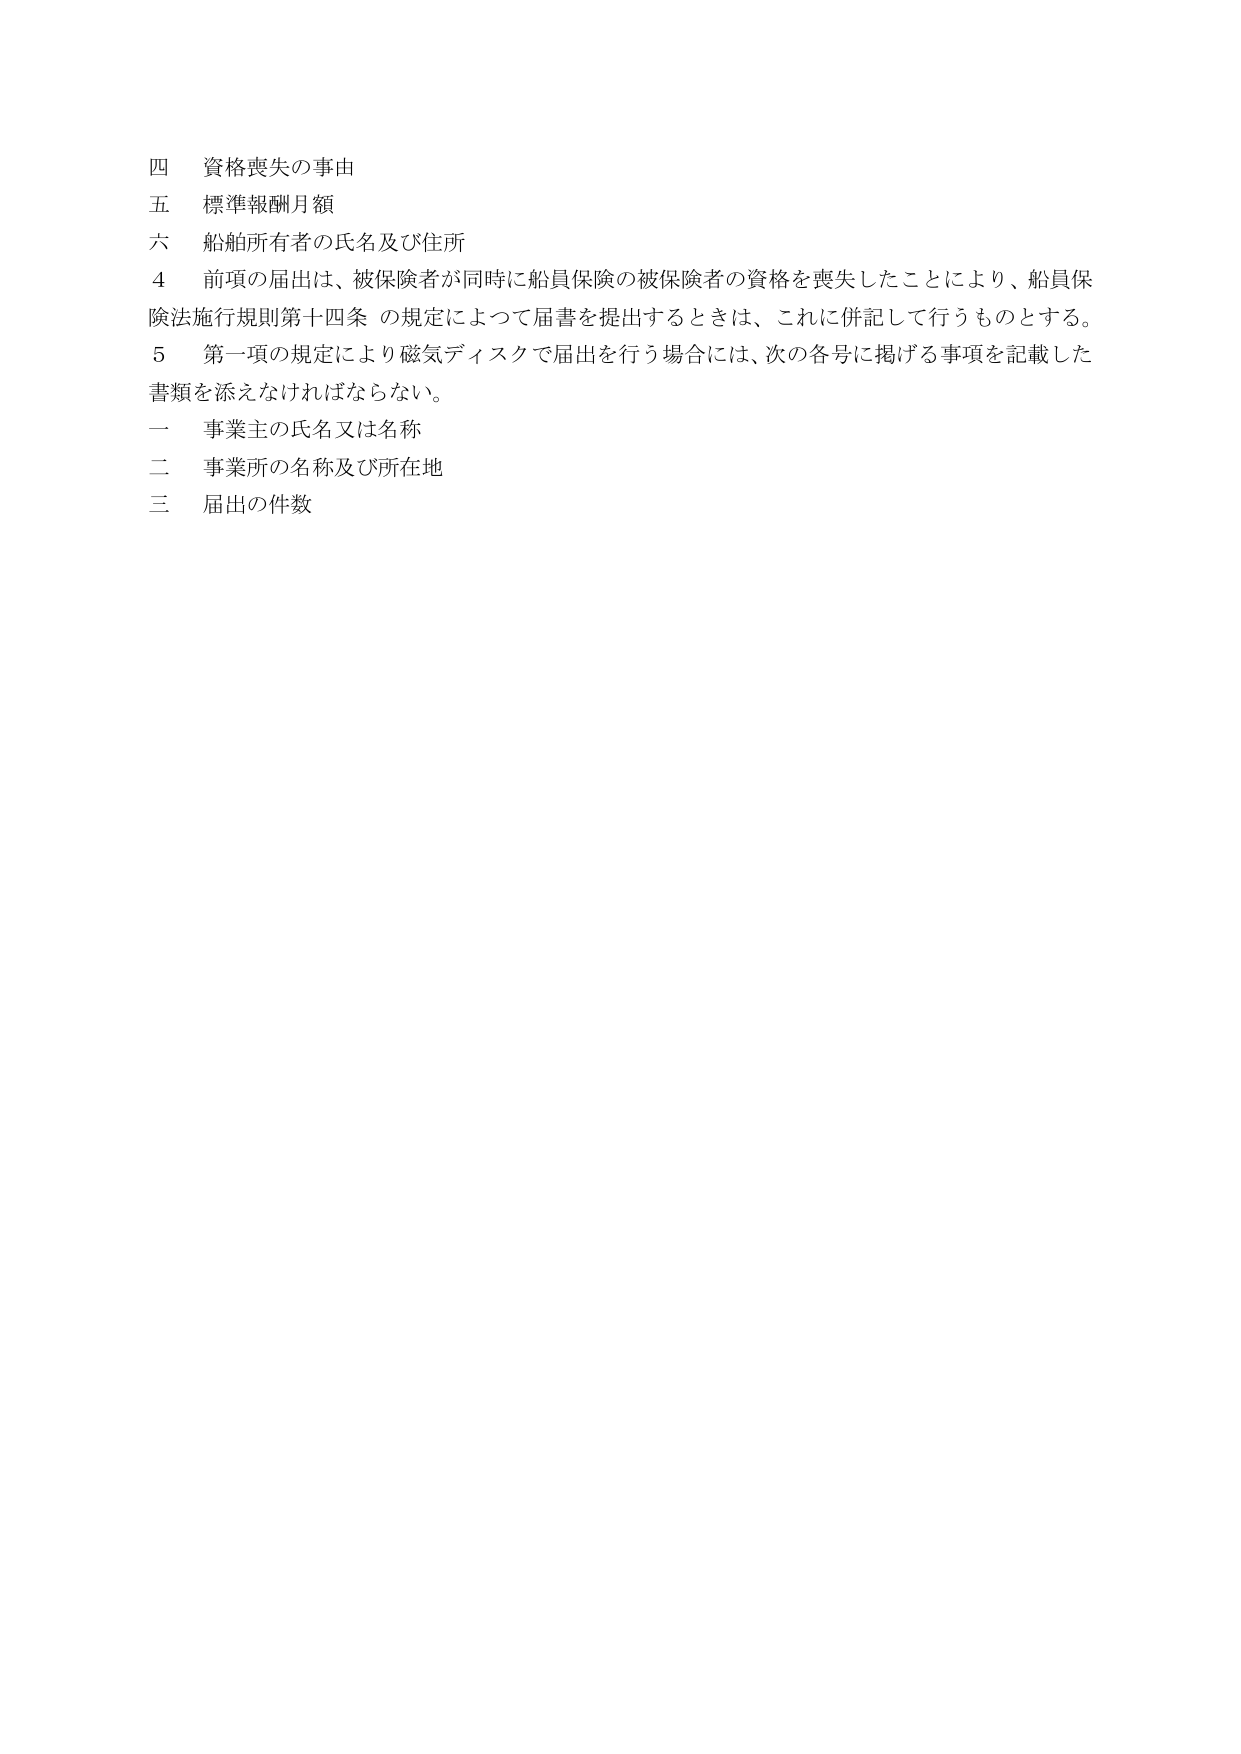
四 資格喪失の事由
五 標準報酬月額
六 船舶所有者の氏名及び住所
4 前項の届出は、被保険者が同時に船員保険の被保険者の資格を喪失したことにより、船員保険法施行規則第十四条の規定によって届書を提出するときは、これに併記して行うものとする。
5 第一項の規定により磁気ディスクで届出を行う場合には、次の各号に掲げる事項を記載した書類を添えなければならない。
一 事業主の氏名又は名称
二 事業所の名称及び所在地
三 届出の件数